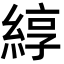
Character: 綧